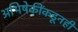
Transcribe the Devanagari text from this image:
अभिषेकींकडूनही